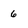
Character: 6